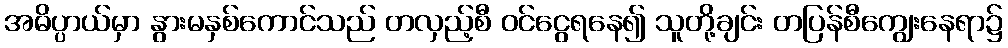
အဓိပ္ပာယ်မှာ နွားမနှစ်ကောင်သည် တလှည့်စီ ဝင်ငွေရနေ၍ သူတို့ချင်း တပြန်စီကျွေးနေရာ၌